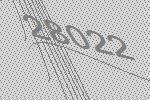
28022